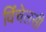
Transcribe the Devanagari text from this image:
विंचेलसी